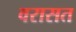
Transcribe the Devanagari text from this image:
वरासत